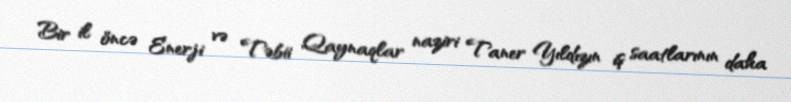
Bir il öncə Enerji və Təbii Qaynaqlar naziri Taner Yıldızın iş saatlarının daha